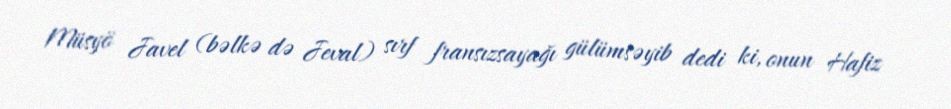
Müsyö Javel (bəlkə də Jeval) sırf fransızsayağı gülümsəyib dedi ki, onun Hafiz